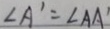
\angle A ^ { \prime } = \angle A A ^ { \prime }